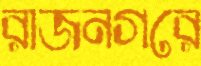
রাজনগরে